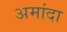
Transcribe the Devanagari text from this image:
अमांदा